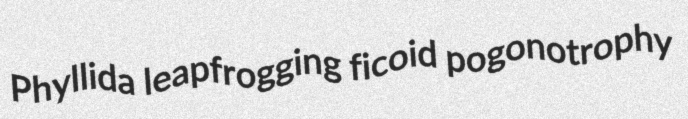
Phyllida leapfrogging ficoid pogonotrophy